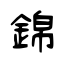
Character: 錦